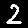
Digit: 2